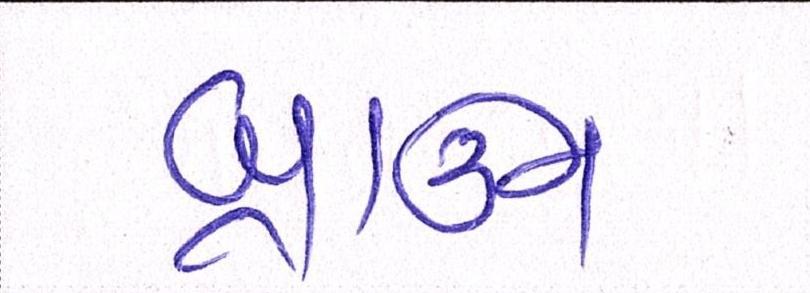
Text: બ્રાઉન